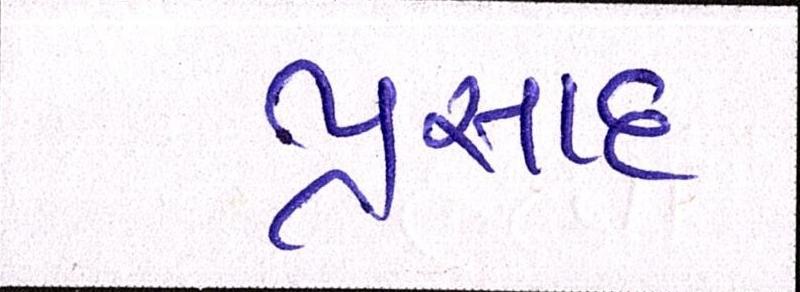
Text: પ્રસાદ